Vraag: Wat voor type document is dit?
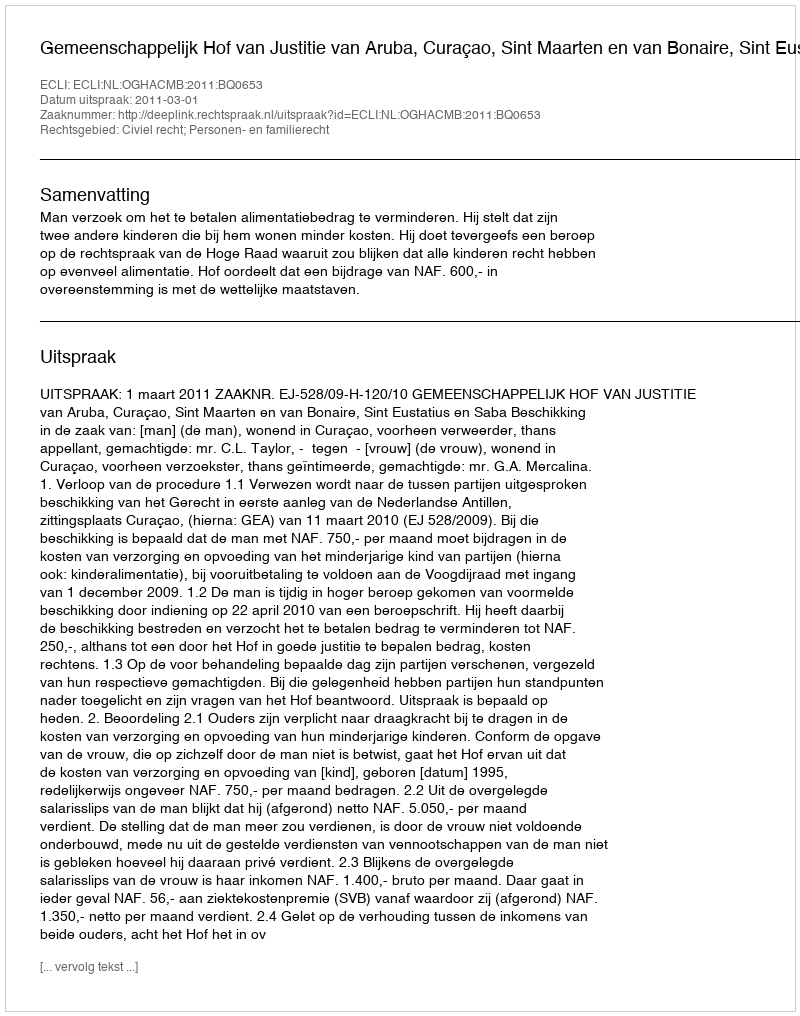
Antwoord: Uitspraak